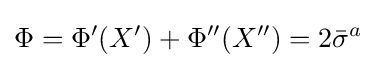
\Phi =\Phi '(X')+\Phi ''(X'')=2{{\bar {\sigma }}^{a}}